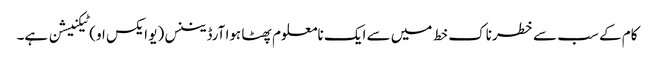
کام کے سب سے خطرناک خط میں سے ایک نامعلوم پھٹا ہوا آرڈیننس (یو ایکس او) ٹیکنیشن ہے۔